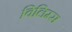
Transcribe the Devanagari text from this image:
विलिम्स